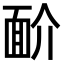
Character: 𩈋